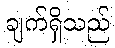
ချက်ရှိသည်